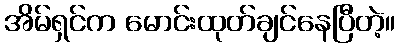
အိမ်ရှင်က မောင်းထုတ်ချင်နေပြီတဲ့။